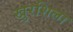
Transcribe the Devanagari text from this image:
खुरशिला